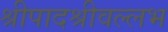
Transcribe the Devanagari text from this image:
श्रीपादश्रीवल्लभ